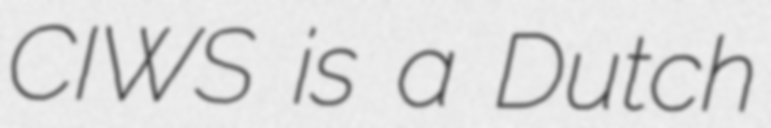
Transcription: CIWS is a Dutch